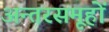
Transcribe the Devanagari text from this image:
अन्तरसमूहों